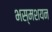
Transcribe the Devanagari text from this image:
भस्मशयन